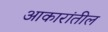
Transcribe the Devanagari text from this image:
आकारांतील